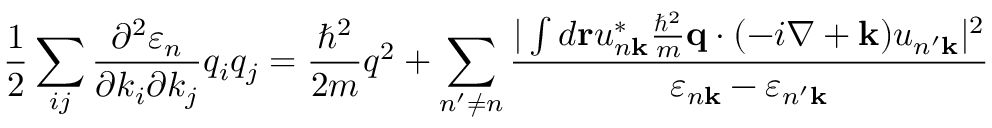
{ \frac { 1 } { 2 } } \sum _ { i j } { \frac { \partial ^ { 2 } \varepsilon _ { n } } { \partial k _ { i } \partial k _ { j } } } q _ { i } q _ { j } = { \frac { \hbar ^ { 2 } } { 2 m } } q ^ { 2 } + \sum _ { n ^ { \prime } \neq n } { \frac { | \int d \mathbf { r } u _ { n \mathbf { k } } ^ { * } { \frac { \hbar ^ { 2 } } { m } } \mathbf { q } \cdot ( - i \nabla + \mathbf { k } ) u _ { n ^ { \prime } \mathbf { k } } | ^ { 2 } } { \varepsilon _ { n \mathbf { k } } - \varepsilon _ { n ^ { \prime } \mathbf { k } } } }